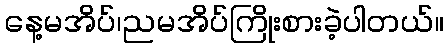
နေ့မအိပ်၊ညမအိပ်ကြိုးစားခဲ့ပါတယ်။